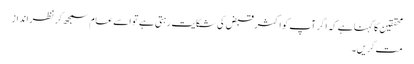
محققین کا کہنا ہے کہ اگر آپ کو اکثر قبض کی شکایت رہتی ہے تو اسے عام سمجھ کر نظر انداز
مت کریں۔